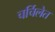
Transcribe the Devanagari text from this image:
चर्चिलेत